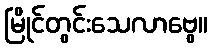
မြိုင်တွင်းသေလာဗွေ။